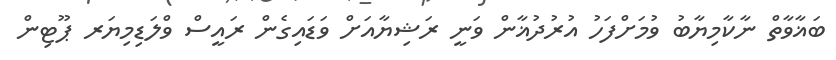
ބަޣާވާތް ނާކާމިޔާބު ވުމަށްފަހު އުރުދުޣާން ވަނީ ރަޝިޔާއަށް ވަޑައިގެން ރައީސް ވްލަޑިމިޔަރ ޕޫޓިން